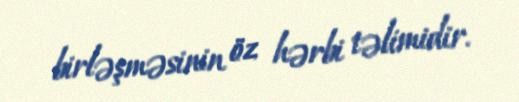
birləşməsinin öz hərbi təlimidir.